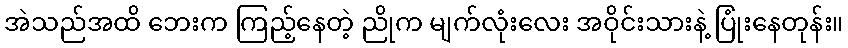
အဲသည်အထိ ဘေးက ကြည့်နေတဲ့ ညိုက မျက်လုံးလေး အဝိုင်းသားနဲ့ ပြုံးနေတုန်း။